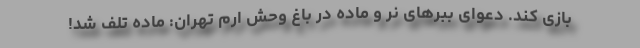
بازی کند. دعوای ببرهای نر و ماده در باغ وحش ارم تهران: ماده تلف شد!